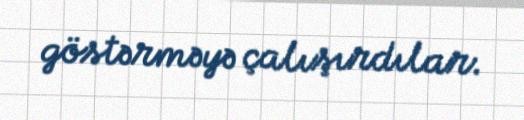
göstərməyə çalışırdılar.